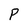
Character: P